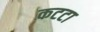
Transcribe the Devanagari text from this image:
कटटा